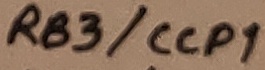
Text: RB3/CCP1